Indian journal of veterinary science and animal husbandry - Volume 3,
Year: 1933
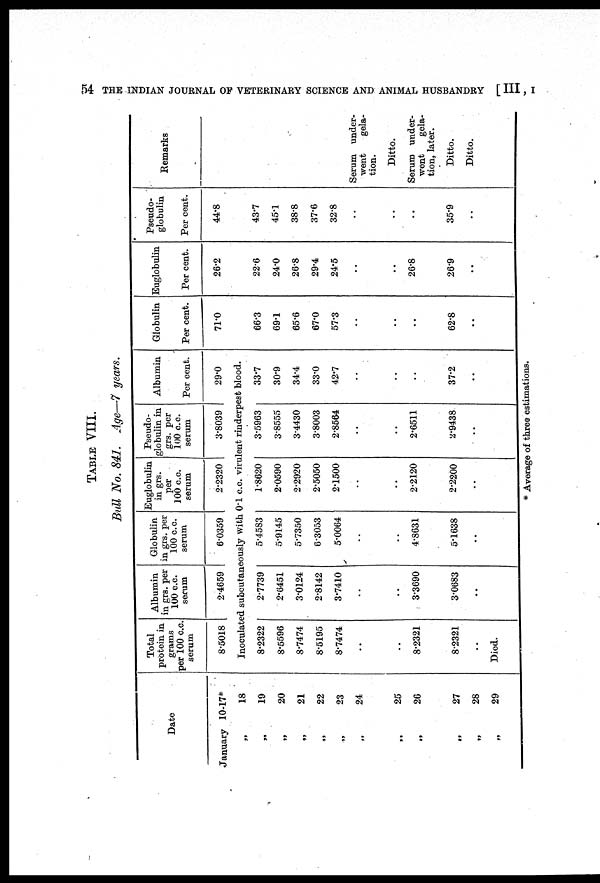
54 THE INDIAN JOURNAL OF VETERINARY SCIENCE AND ANIMAL HUSBANDRY [ III, I
TABLE VIII.
Bull No. 841. Age—7 years.
Date
January
10-17*
„
18
„
19
„
20
„
21
„
22
„
23
„
24
„
25
„
26
„
27
„
28
„
29
Total
protein in
grams
per 100 c.c.
serum
8.5018
Albumin
in grs. per
100 c.c.
serum
2.4659
Globulin
in grs. per
100 c.c.
serum
6.0359
Euglobulin
in grs.
per
100 c.c.
serum
2.2320
Pseudo-
globulin in
grs. per
100 c.c.
serum
3.8039
Albumin
Per cent.
29.0
Inoculated subcutaneously with 0.1 c.c. virulent rinderpest blood.
8.2322
8.5596
8.7474
8.5195
8.7474
..
..
8.2321
8.2321
..
Died.
2.7739
2.6451
3.0124
2.8142
3.7410
..
..
3.3690
3.0683
..
5.4583
5.9145
5.7350
6.3053
5.0064
..
..
4.8631
5.1638
..
1.8620
2.0590
2.2920
2.5050
2.1500
..
..
2.2120
2.2200
..
3.5963
3.8555
3.4430
3.8003
2.8564
..
..
2.6511
2.9438
..
33.7
30.9
34.4
33.0
42.7
..
..
..
37.2
..
Globulin
Per cent.
71.0
66.3
69.1
65.6
67.0
57.3
..
..
..
62.8
..
Euglobulin
Per cent.
26.2
22.6
24.0
26.8
29.4
24.5
..
..
26.8
26.9
..
Pseudo¬
globulin
Per cent.
44.8
43.7
45.1
38.8
37.6
32.8
..
..
..
35.9
..
Remarks
Serum under-
went
gela-
tion.
Ditto.
Serum under-
went
gela-
tion, later.
Ditto.
Ditto.
* Average of three estimations.